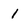
Character: 1